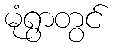
မုံရွာတွင်